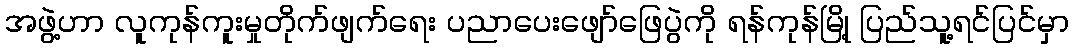
အဖွဲ့ဟာ လူကုန်ကူးမှုတိုက်ဖျက်ရေး ပညာပေးဖျော်ဖြေပွဲကို ရန်ကုန်မြို့ ပြည်သူ့ရင်ပြင်မှာ